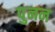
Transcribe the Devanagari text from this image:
पुनन